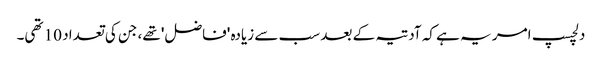
دلچسپ امر یہ ہے کہ آدتیہ کے بعد سب سے زیادہ 'فاضل' تھے، جن کی تعداد 10 تھی۔